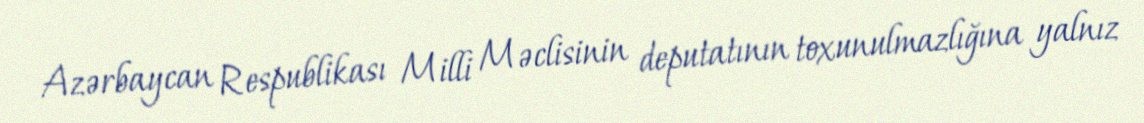
Azərbaycan Respublikası Milli Məclisinin deputatının toxunulmazlığına yalnız